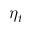
\eta _ { t }